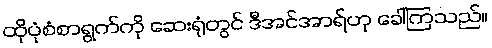
ထိုပုံစံစာရွက်ကို ဆေးရုံတွင် ဒီအင်အာရ်ဟု ခေါ်ကြသည်။